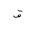
Letter: _qaf